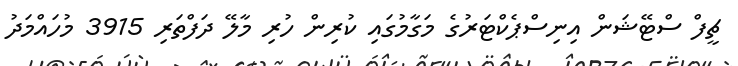
ޗީފް ސްޓޭޝަން އިނިސްޕެކްޓަރުގެ މަގާމުގައި ކުރިން ހުރި މާލޭ ދަފްތަރި 3915 މުހައްމަދު